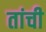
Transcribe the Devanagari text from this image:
तांची